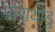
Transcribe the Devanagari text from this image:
पाराथोडू